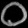
Digit: ၀